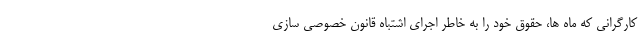
کارگرانی که ماه ها، حقوق خود را به خاطر اجرای اشتباه قانون خصوصی سازی